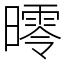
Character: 㬡